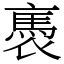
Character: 褭